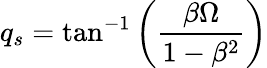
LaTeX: q_{s}=\tan^{-1}\left(\frac{\beta\Omega}{1-\beta^{2}}\right)